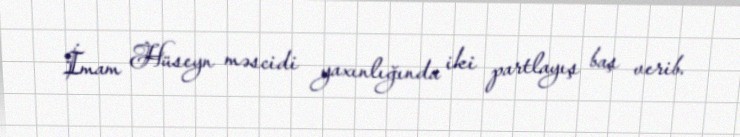
İmam Hüseyn məscidi yaxınlığında iki partlayış baş verib.